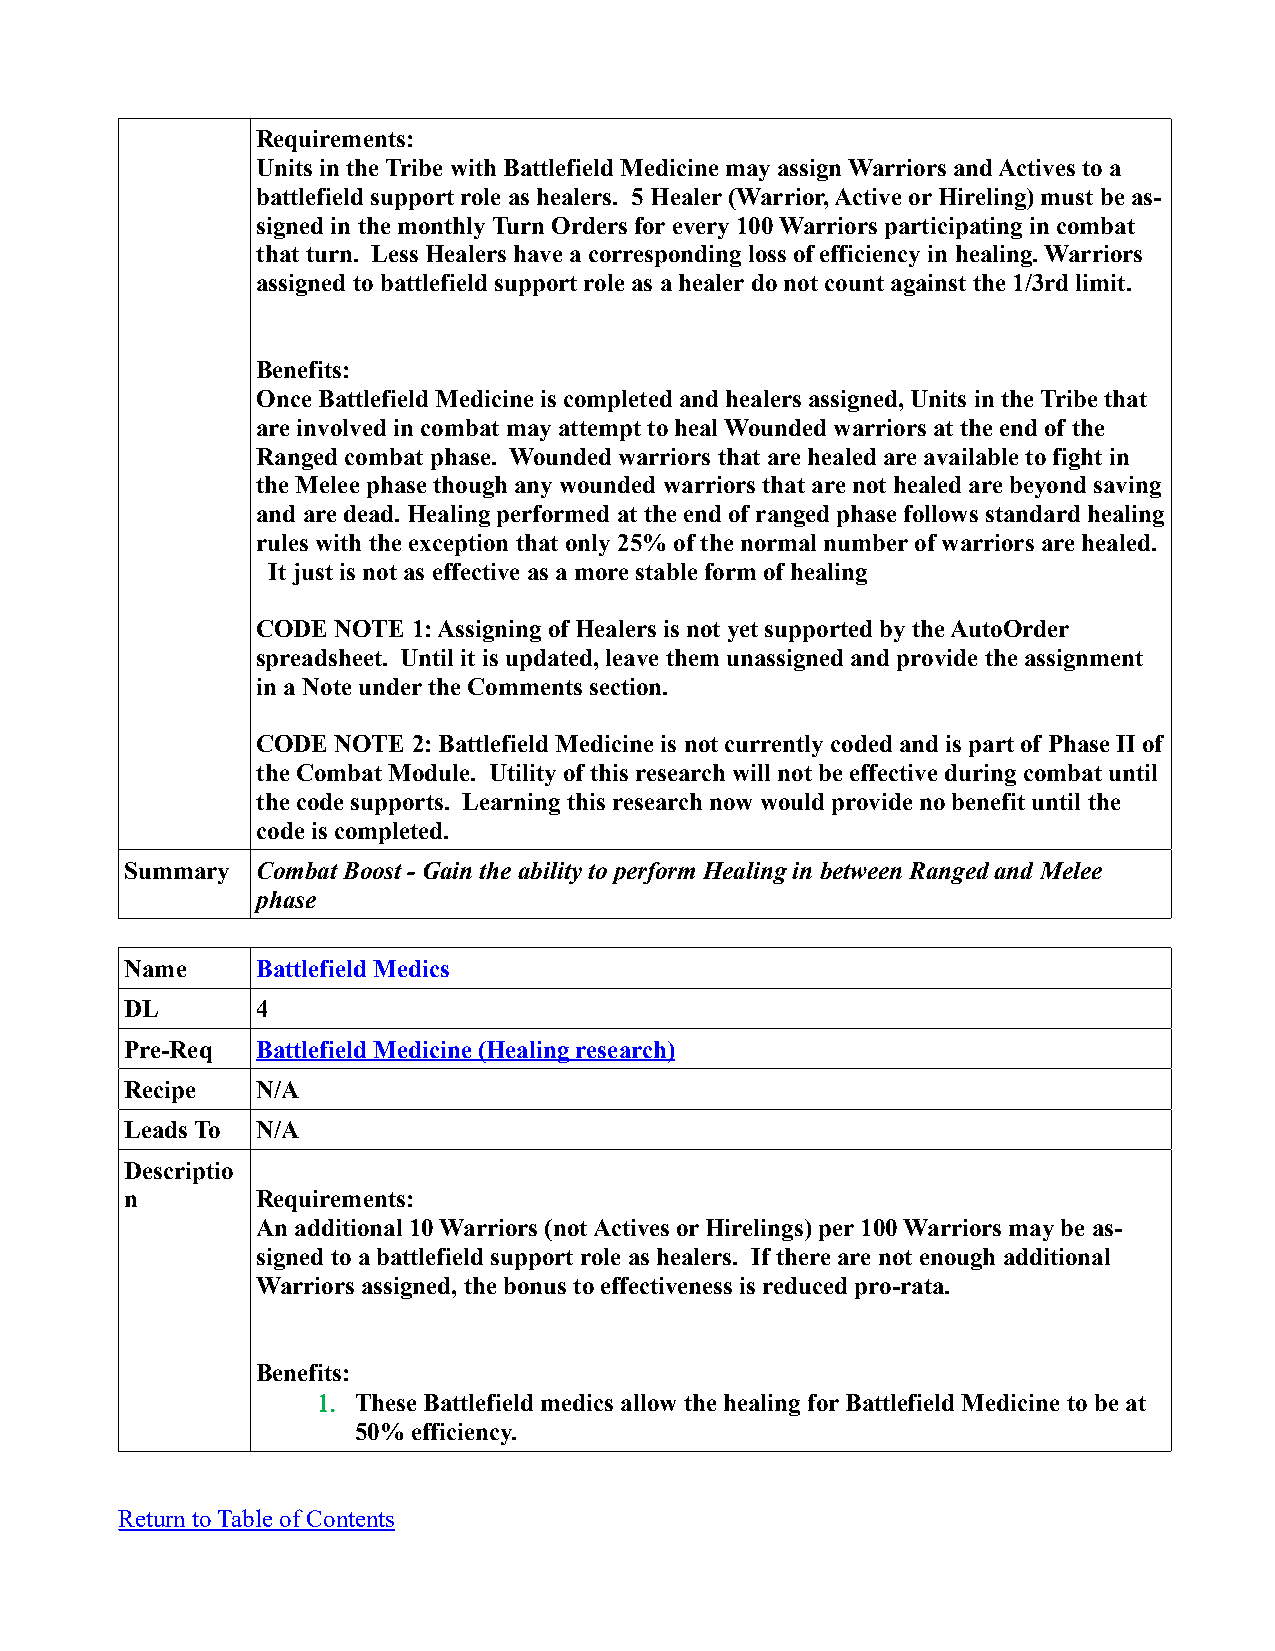
Requirements:
 Units in the Tribe with Battlefield Medicine may assign Warriors and Actives to a
 battlefield support role as healers. 5 Healer (Warrior, Active or Hireling) must be as-
 signed in the monthly Turn Orders for every 100 Warriors participating in combat
 that turn. Less Healers have a corresponding loss of efficiency in healing. Warriors
 assigned to battlefield support role as a healer do not count against the 1/3rd limit.
 Benefits:
 Once Battlefield Medicine is completed and healers assigned, Units in the Tribe that
 are involved in combat may attempt to heal Wounded warriors at the end of the
 Ranged combat phase. Wounded warriors that are healed are available to fight in
 the Melee phase though any wounded warriors that are not healed are beyond saving
 and are dead. Healing performed at the end of ranged phase follows standard healing
 rules with the exception that only 25% of the normal number of warriors are healed.
 It just is not as effective as a more stable form of healing
 CODE NOTE 1: Assigning of Healers is not yet supported by the AutoOrder
 spreadsheet. Until it is updated, leave them unassigned and provide the assignment
 in a Note under the Comments section.
 CODE NOTE 2: Battlefield Medicine is not currently coded and is part of Phase II of
 the Combat Module. Utility of this research will not be effective during combat until
 the code supports. Learning this research now would provide no benefit until the
 code is completed.
 Summary  Combat Boost - Gain the ability to perform Healing in between Ranged and Melee
 phase
 Name     Battlefield Medics
 DL       4
 Pre-Req  Battlefield Medicine (Healing research)
 Recipe   N/A
 Leads To N/A
 Descriptio
 n        Requirements:
 An additional 10 Warriors (not Actives or Hirelings) per 100 Warriors may be as-
 signed to a battlefield support role as healers. If there are not enough additional
 Warriors assigned, the bonus to effectiveness is reduced pro-rata.
 Benefits:
 1. These Battlefield medics allow the healing for Battlefield Medicine to be at
 50% efficiency.
 Return to Table of Contents